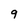
Character: 9